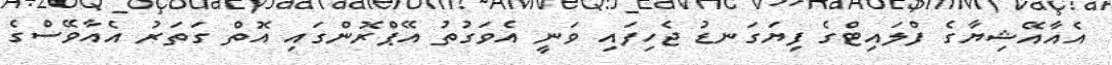
އެއާއޭޝިޔާގެ ފްލައިޓްގެ ފިޔަގަނޑު ޖެހިފައި ވަނީ އެވަގުތު އޭޕްރޮންގައި އޮތް ގަތަރު އެއާވޭސްގެ